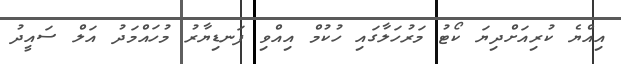
އިއްޔެ ކުރިއަށްދިޔަ ކޯޓު މަރުހަލާގައި ހުކުމް އިއްވި ފަނޑިޔާރު މުހައްމަދު އަލް ސައީދު